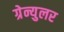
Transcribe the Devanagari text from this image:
ग्रेन्युलर